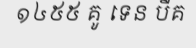
១៤៥៥ គូ ទេន បឺគ